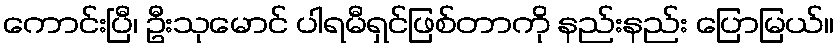
ကောင်းပြီ၊ ဦးသုမောင် ပါရမီရှင်ဖြစ်တာကို နည်းနည်း ပြောမြယ်။